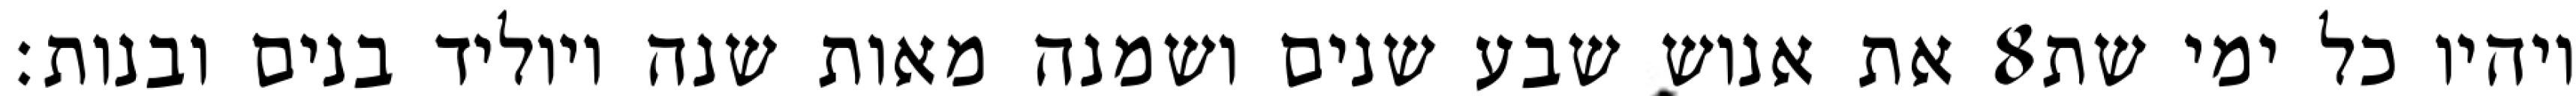
את אנוש שבע שנים ושמנה מאות שנה ויוליד בנים ובנות׃ ‎8‏ ויהיו כל ימי שת